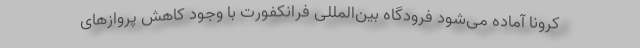
کرونا آماده می‌شود فرودگاه بین‌المللی فرانکفورت با وجود کاهش پروازهای